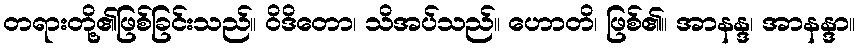
တရားတို့၏ဖြစ်ခြင်းသည်။ ဝိဒိတော၊ သိအပ်သည်။ ဟောတိ၊ ဖြစ်၏။ အာနန္ဒ၊ အာနန္ဒာ။